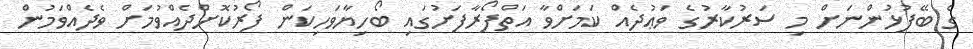
ގެ ބޭފުޅުންނަށް މި ސަރުކާރުގެ ވަޢުދެއް ކަމަށްވާ އަތްފޯރާފަށުގައި ބޯހިޔާވަހިކަން ފޯރުކޮށްދެއްވުމަށް ވެދެއްވަމުން